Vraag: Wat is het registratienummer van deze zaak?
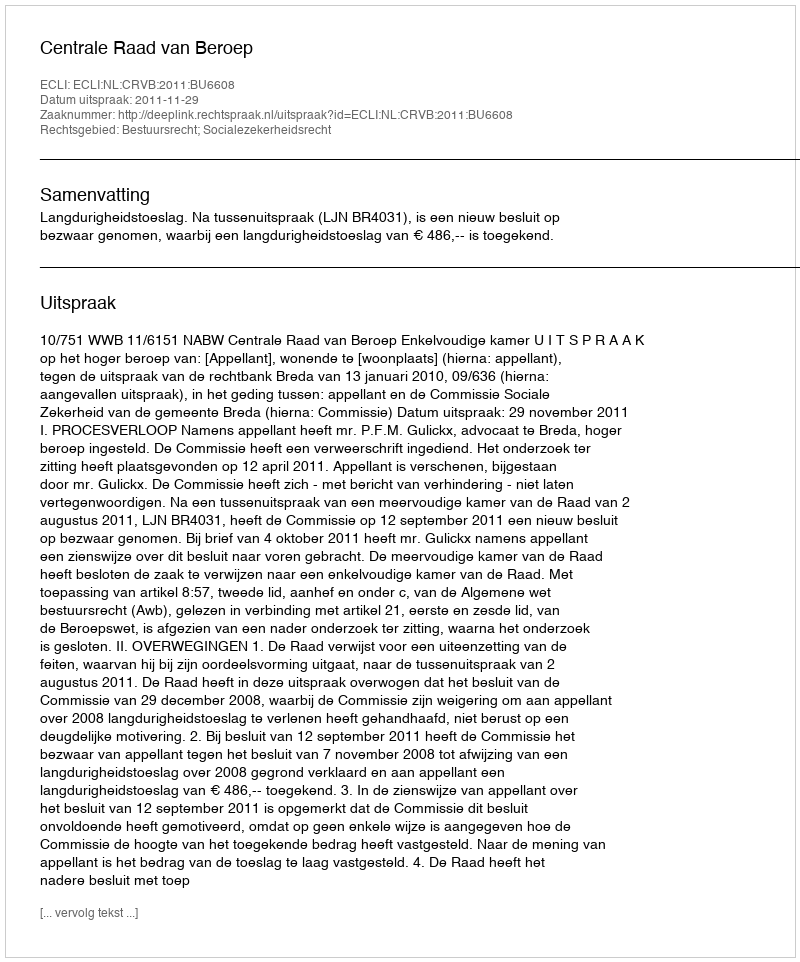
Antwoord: http://deeplink.rechtspraak.nl/uitspraak?id=ECLI:NL:CRVB:2011:BU6608